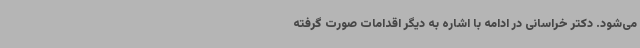
می‌شود. دکتر خراسانی در ادامه با اشاره به دیگر اقدامات صورت گرفته